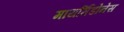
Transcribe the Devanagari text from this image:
मायर्मिडोनेस